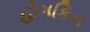
હોગકિન